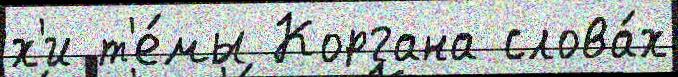
х'и т'е́мы Коргана слова́х